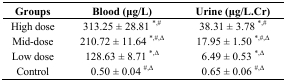
<table><thead><tr><td><b>Groups</b></td><td><b>Blood (μg/L)</b></td><td><b>Urine (μg/L.Cr)</b></td></tr></thead><tbody><tr><td>High dose</td><td>313.25 ± 28.81 *,#</td><td>38.31 ± 3.78 *,#</td></tr><tr><td>Mid-dose</td><td>210.72 ± 11.64 *,#,Δ</td><td>17.95 ± 1.50 *,#,Δ</td></tr><tr><td>Low dose</td><td>128.63 ± 8.71 *,Δ</td><td>6.49 ± 0.53 *,Δ</td></tr><tr><td>Control</td><td>0.50 ± 0.04 #,Δ</td><td>0.65 ± 0.06 #,Δ</td></tr></tbody></table>